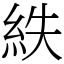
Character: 紩